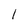
Character: 1